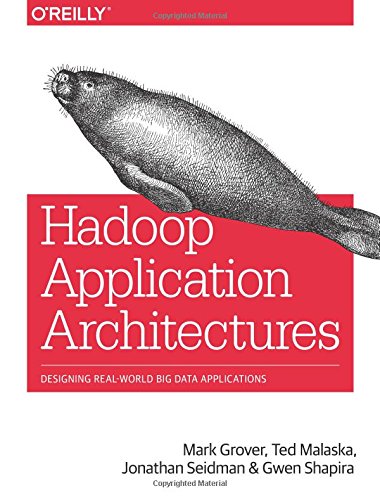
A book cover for Hadoop Application Architectures; Mark Grover; Computers & Technology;